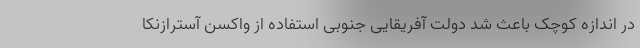
در اندازه کوچک باعث شد دولت آفریقایی جنوبی استفاده از واکسن آسترازنکا